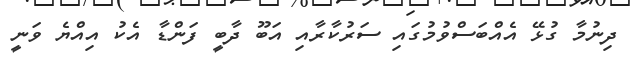
ދިނުމާ ގުޅޭ އެއްބަސްވުމުގައި ސަރުކާރާއި އަބޫ ދާބީ ފަންޑާ އެކު އިއްޔެ ވަނީ